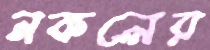
নকলের